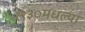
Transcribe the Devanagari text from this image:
१९३०मधल्या